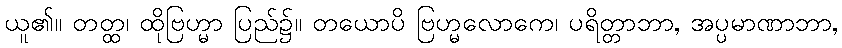
ယူ၏။ တတ္ထ၊ ထိုဗြဟ္မာ ပြည်၌။ တယောပိ ဗြဟ္မလောကေ၊ ပရိတ္တာဘာ, အပ္ပမာဏာဘာ,